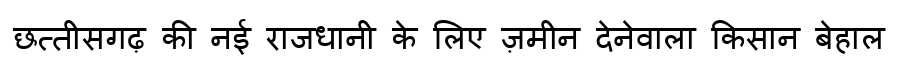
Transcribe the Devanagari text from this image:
छत्तीसगढ़ की नई राजधानी के लिए ज़मीन देनेवाला किसान बेहाल